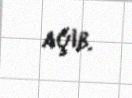
açıb.